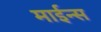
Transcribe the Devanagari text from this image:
माईन्स